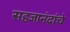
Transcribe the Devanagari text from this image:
सहजानंदांचे